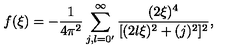
f ( \xi ) = - \frac { 1 } { 4 \pi ^ { 2 } } \sum _ { j , l = 0 ^ { \prime } } ^ { \infty } \frac { ( 2 \xi ) ^ { 4 } } { [ ( 2 l \xi ) ^ { 2 } + ( j ) ^ { 2 } ] ^ { 2 } } ,